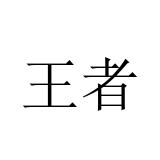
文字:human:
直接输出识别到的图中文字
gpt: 王者